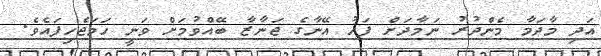
އަދި މާދަމާ މެންދުރު ނަމާދަށް ފަހު އޭނާގެ ޖަނާޒާ ބޭއްވުމަށް ވަނީ ހަމަޖެހިފައެވެ.